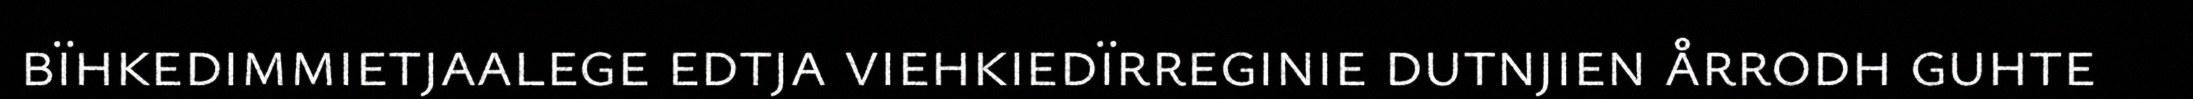
bïhkedimmietjaalege edtja viehkiedïrreginie dutnjien årrodh guhte